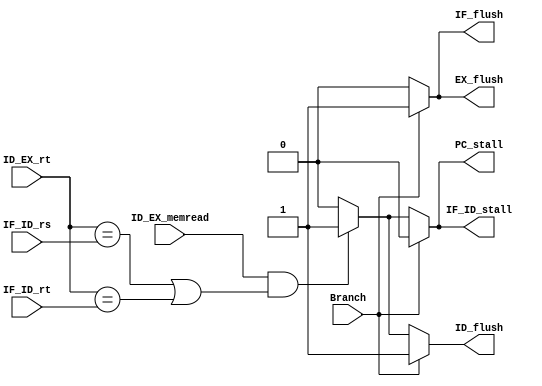
`timescale 1ns / 1ps
//Subject:     CO project 2 - MUX 221
//--------------------------------------------------------------------------------
//Version:     1
//--------------------------------------------------------------------------------
//Writer:      109550104
//----------------------------------------------
//----------------------------------------------
//Description: 
//--------------------------------------------------------------------------------
     
module hazard(
               ID_EX_memread,
               ID_EX_rt,
               IF_ID_rs,
               IF_ID_rt,
               ID_flush,
               IF_flush,
               EX_flush,
               IF_ID_stall,
               PC_stall,
               Branch
               );
		   
			
//I/O ports               
input   [5-1:0]     ID_EX_rt;          
input   [5-1:0]     IF_ID_rs;
input   [5-1:0]     IF_ID_rt; 
input               Branch;
input               ID_EX_memread;
output  reg         ID_flush; 
output  reg         IF_flush; 
output  reg         EX_flush; 
output  reg         IF_ID_stall;
output  reg         PC_stall; 


//Internal Signals

//Main function
always @(*) begin
    IF_ID_stall <= 0;
    ID_flush <= 0;
    IF_flush <= 0;
    EX_flush <= 0;
    PC_stall <= 0;
    if(Branch)
    begin
        ID_flush <= 1;
        EX_flush <= 1;
        IF_flush <= 1;
    end
    else if(ID_EX_memread && ((ID_EX_rt==IF_ID_rs) || (ID_EX_rt==IF_ID_rt)))
    begin
        ID_flush <= 1;
        IF_ID_stall <= 1;
        PC_stall <= 1;
    end
end

endmodule